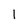
Character: 1